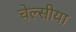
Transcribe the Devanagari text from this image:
चेल्सीया